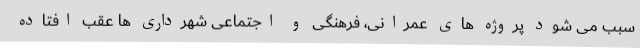
سبب می شود پروژه های عمرانی، فرهنگی و اجتماعی شهرداری ها عقب افتاده